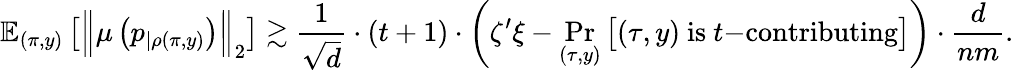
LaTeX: \mathbb{E}_{(\pi,y)}\left[\Big\| \mu\left(p_{|\rho(\pi,y)}\right)\Big\| _{2}\right]\gtrsim\frac{1}{\sqrt{d}}\cdot(t+1)\cdot\left(\zeta^{\prime}\xi-\operatorname*{Pr}_{(\tau,y)}\big[(\tau,y)\mathrm{~is~}t\mathrm{-contributing}\big]\right)\cdot\frac{d}{nm}.